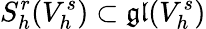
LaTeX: S_{h}^{r}(V_{h}^{s})\subset\mathfrak{gl}(V_{h}^{s})